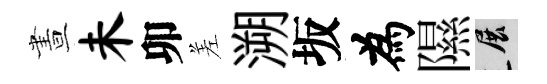
晝未卯差溯坂為隰展